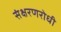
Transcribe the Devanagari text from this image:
संक्षरणरोधी